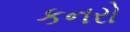
કનરો